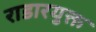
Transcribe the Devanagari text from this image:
राडारयुक्त